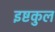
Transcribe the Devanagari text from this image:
इष्टकुल